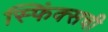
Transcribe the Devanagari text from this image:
स्फिंक्सची